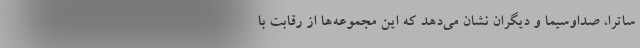
ساترا، صداوسیما و دیگران نشان می‌دهد که این مجموعه‌ها از رقابت با